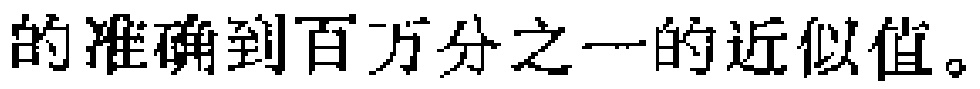
的准确到百万分之一的近似值。